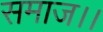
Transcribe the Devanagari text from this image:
समाज।।